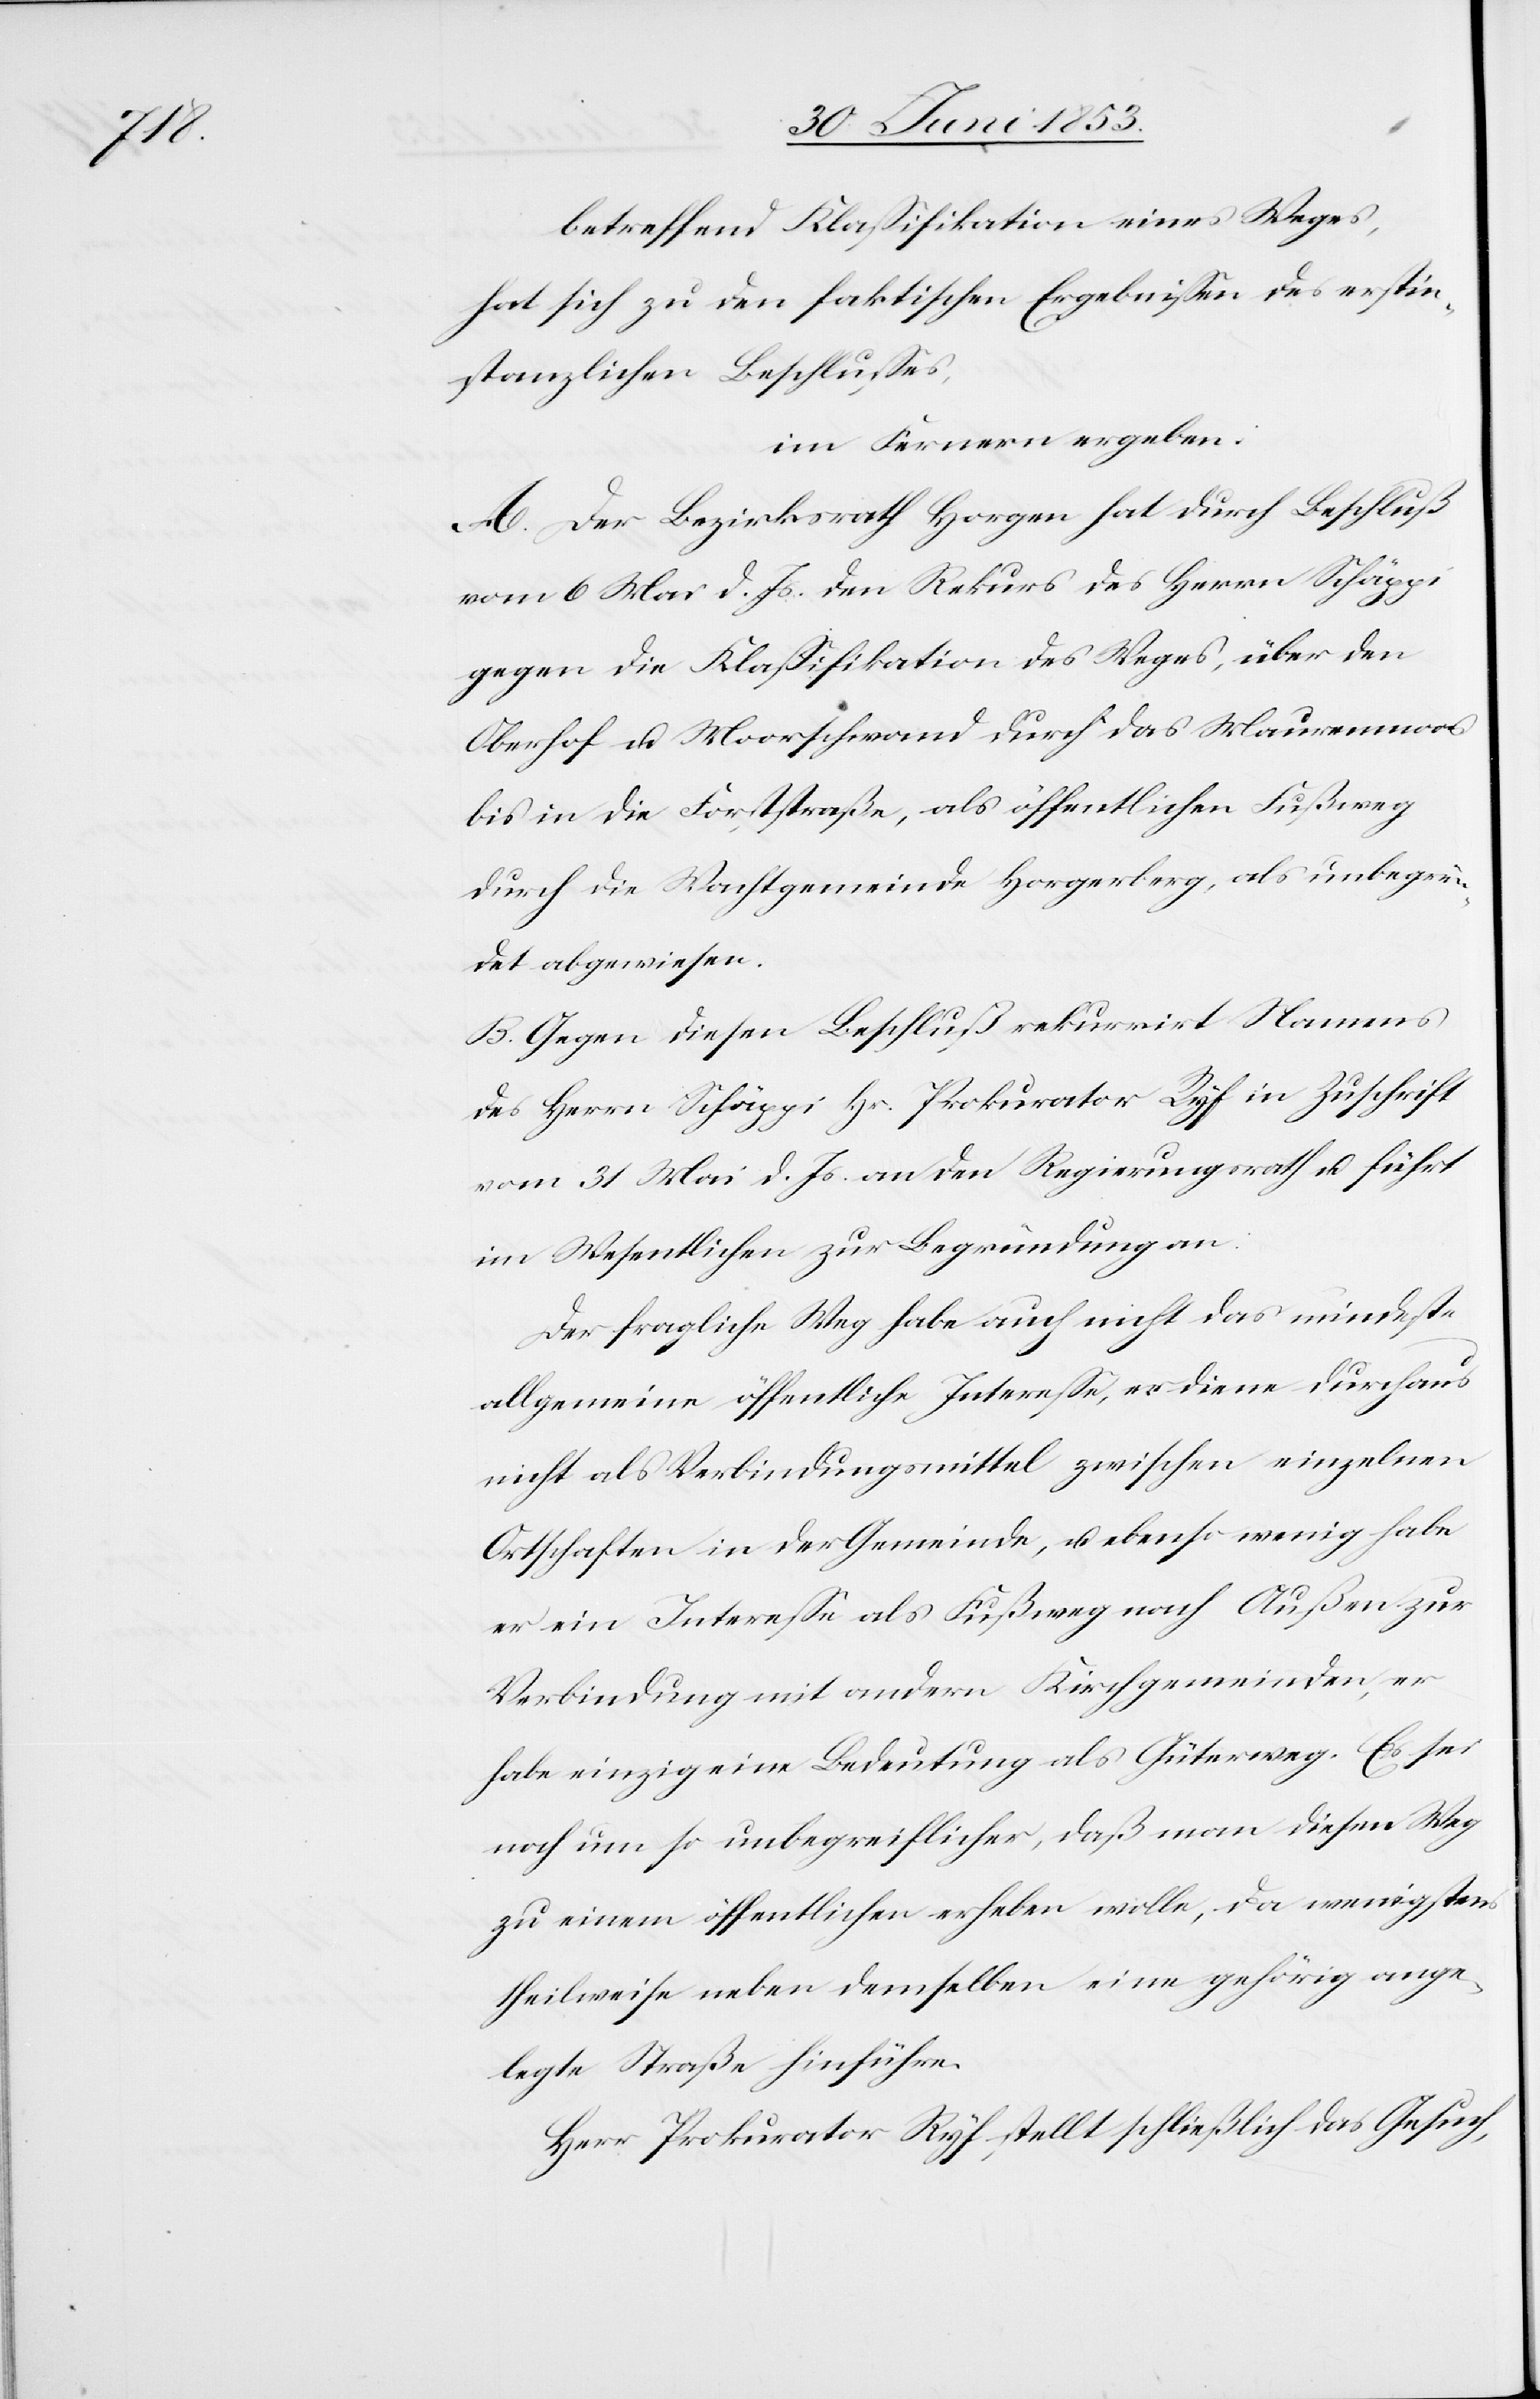
betreffend Klaßifikation eines Weges,
hat sich zu den faktischen Ergebnißen des erstin¬
stanzlichen Beschlußes,
im Fernern ergeben:
A. Der Bezirksrath Horgen hat durch Beschluß
vom 6 Mai d. Js. den Rekurs des Herrn Schäppi
gegen die Klaßifikation des Weges, über den
Oberhof u. Moorschwand durch das Maurenmoos
bis in die Forststraße, als öffentlichen Fußweg
durch die Wachtgemeinde Horgerberg, als unbegrün¬
det abgewiesen.
B. Gegen diesen Beschluß rekurrirt Namens
des Herrn Schäppi Hr. Prokurator Ryf in Zuschrift
vom 31 Mai d. Js. an den Regierungsrath u. führt
im Wesentlichen zur Begründung an:
Der fragliche Weg habe auch nicht das mindeste
allgemeine öffentliche Intereße, er diene durchaus
nicht als Verbindungsmittel zwischen einzelnen
Ortschaften in der Gemeinde, u. ebenso wenig habe
er ein Intereße als Fußweg nach Außen zur
Verbindung mit andern Kirchgemeinden, er
habe einzig eine Bedeutung als Güterweg. Es sei
noch einzig um so unbegreiflicher, daß man diesem Weg
zu einem öffentlichen erheben wolle, da wenigstens
theilweise neben demselben eine gehörig ange¬
legte Straße hinführe.
Herr Prokurator Ryf stellt schließlich das Gesuch,